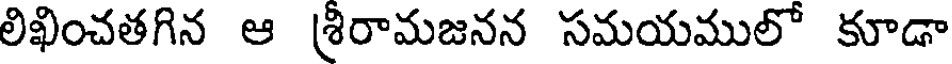
లిఖించతగిన ఆ శ్రీరామజనన సమయములో కూడా